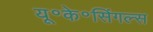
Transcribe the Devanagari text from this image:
यू॰के॰सिंगल्स